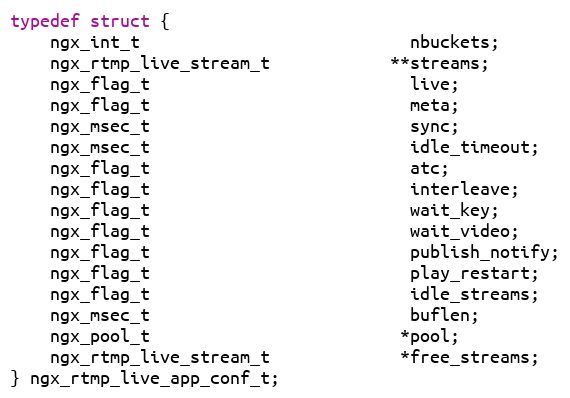
Language: C
typedef struct {
    ngx_int_t                           nbuckets;
    ngx_rtmp_live_stream_t            **streams;
    ngx_flag_t                          live;
    ngx_flag_t                          meta;
    ngx_msec_t                          sync;
    ngx_msec_t                          idle_timeout;
    ngx_flag_t                          atc;
    ngx_flag_t                          interleave;
    ngx_flag_t                          wait_key;
    ngx_flag_t                          wait_video;
    ngx_flag_t                          publish_notify;
    ngx_flag_t                          play_restart;
    ngx_flag_t                          idle_streams;
    ngx_msec_t                          buflen;
    ngx_pool_t                         *pool;
    ngx_rtmp_live_stream_t             *free_streams;
} ngx_rtmp_live_app_conf_t;